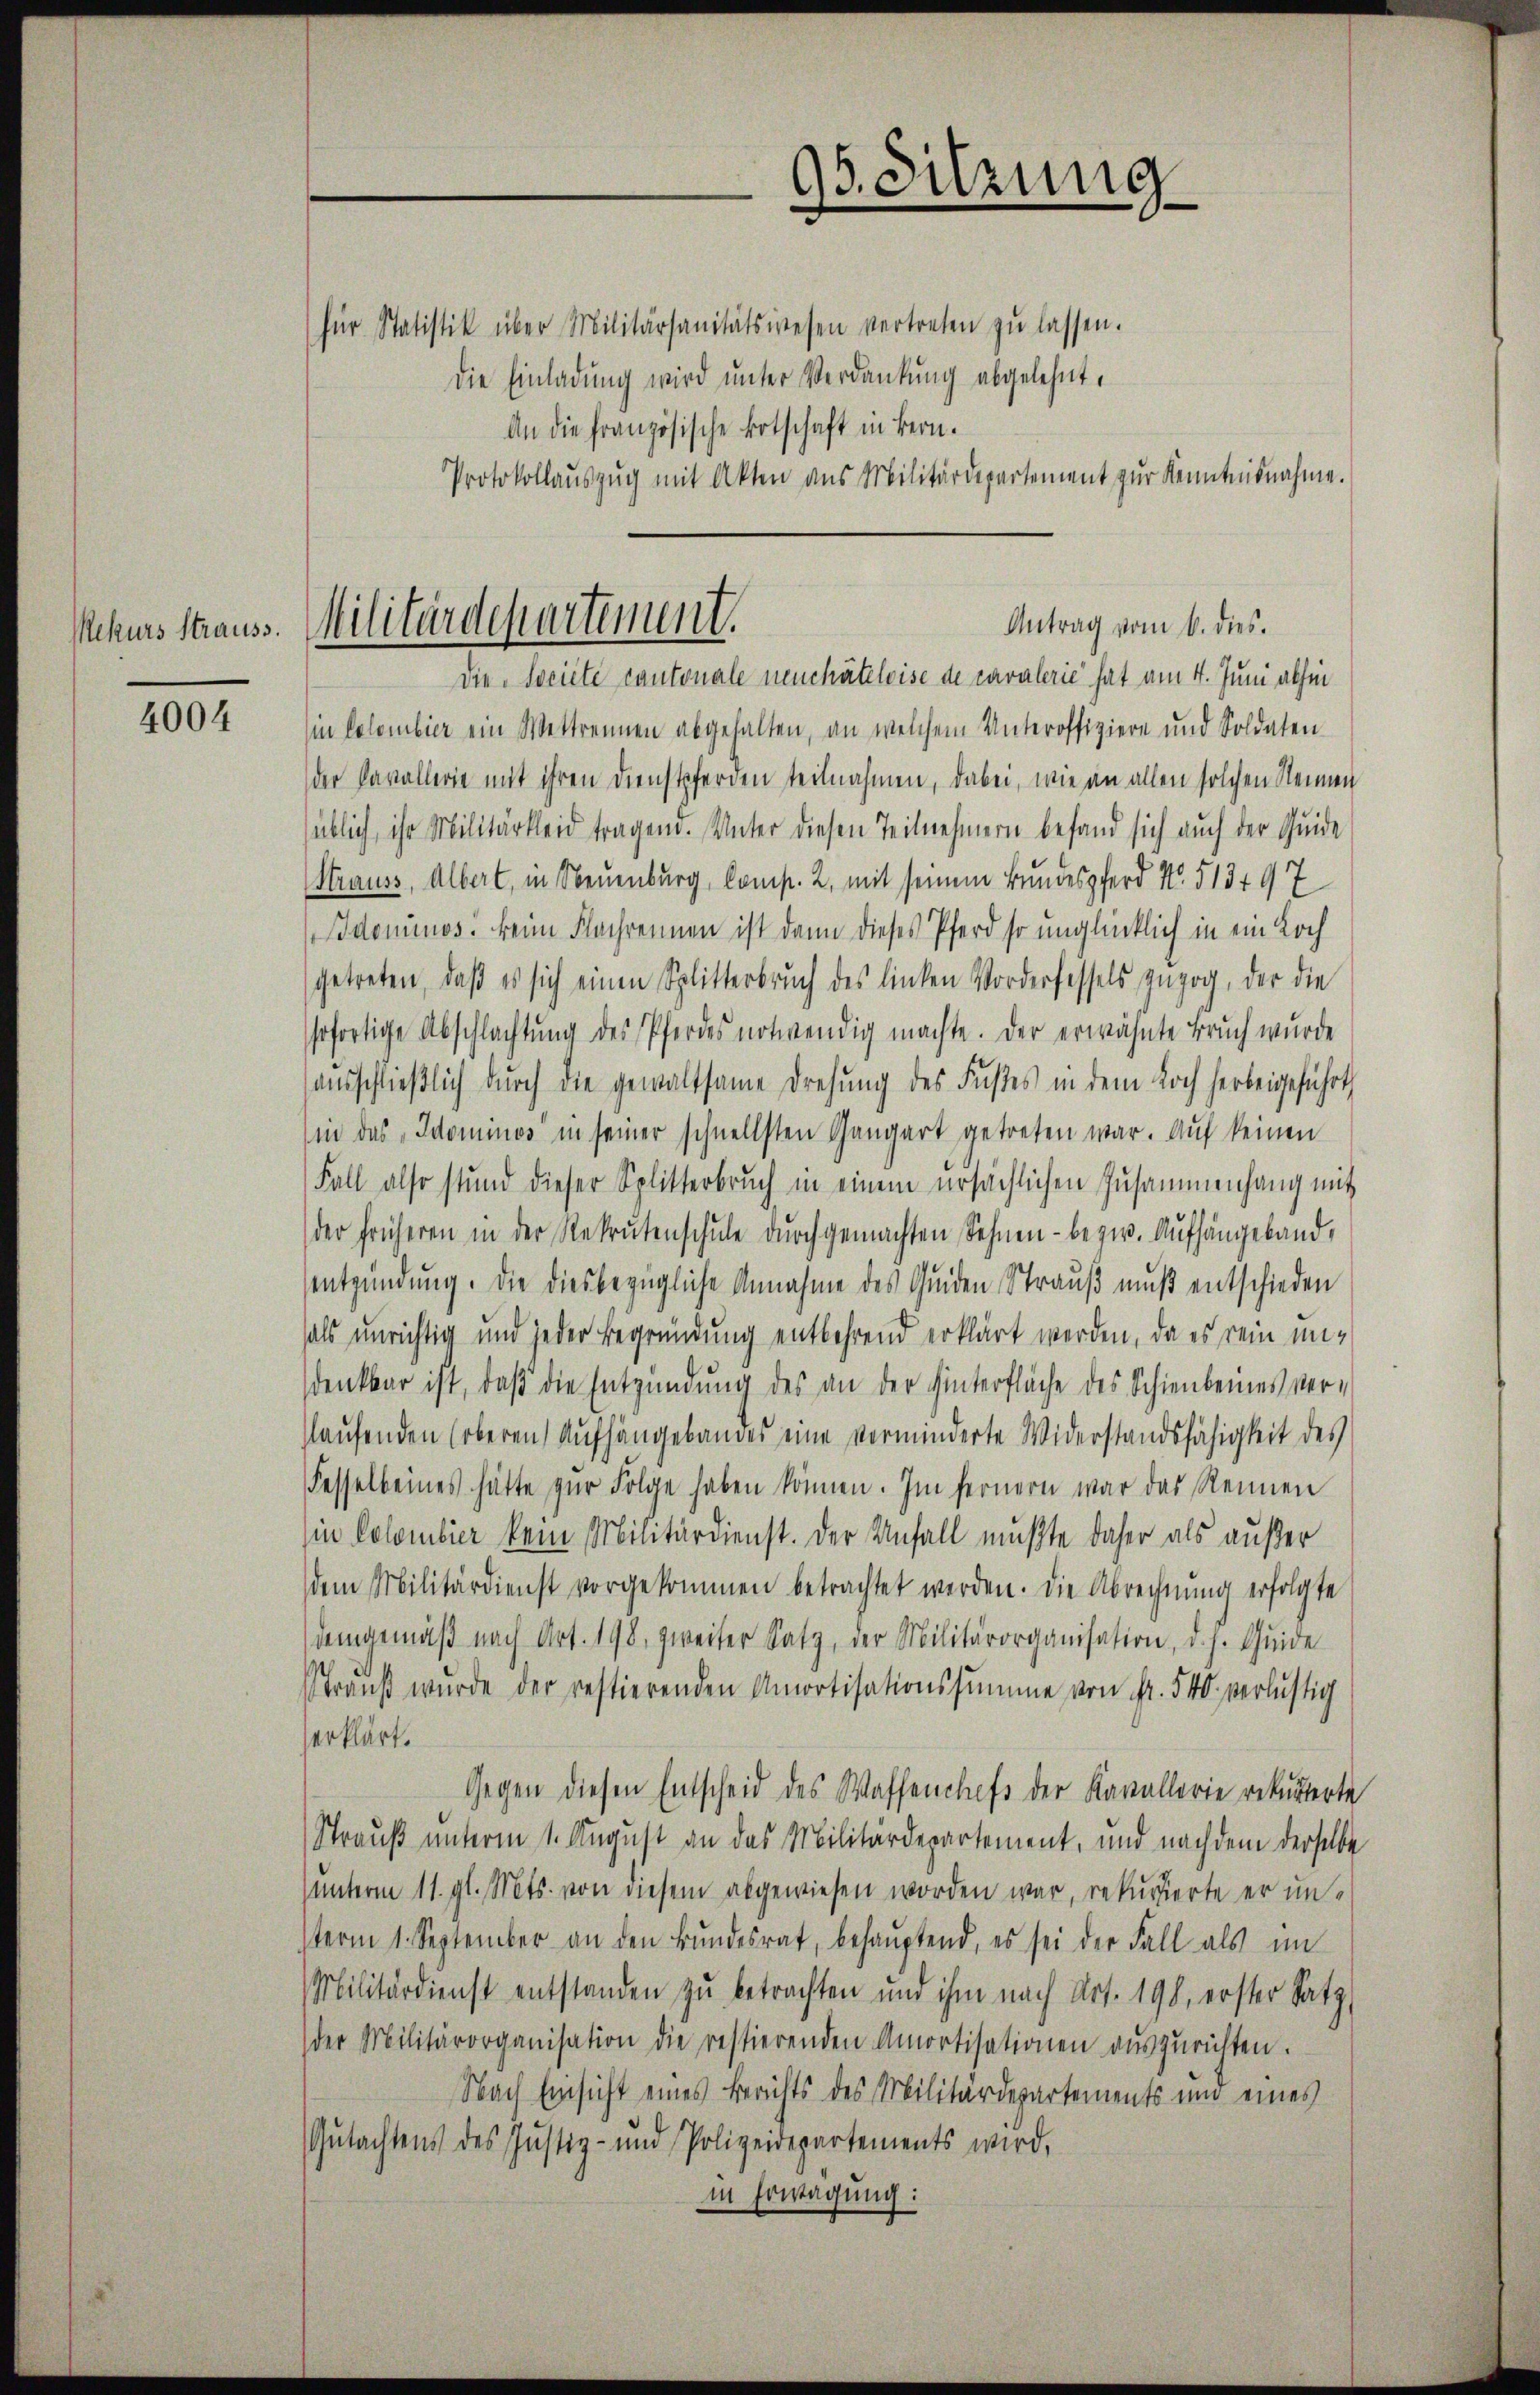
Mekurs Strauss.

4004

für Statistik über Militärsanitätswesen vertreten zŭ lassen.
Die Einladung wird unter Verdankung abgelehnt.
An die Französische Botschaft in Bern.
Protokollaŭszŭg mit Akten aus Militärdepartement zŭr Kenntnisnahme.

95. Sitzung
u

Antrag vom 6. dies.
Militärdepartement.

Die Societe cantonale neuchâteloise de cavalerie hat am 4. Juni abhin
in Colombier ein Wettrennen abgehalten, an welchem Unteroffiziere und Soldaten
der Cavallerie mit ihren Dienstpferden teilnahmen, dabei, wie an allen solchen Nennen
süblich, ihr Militärkleid tragen. Unter diesen Teilnehmern befand sich auch der Quide
Strauss, Albert, in Neuenburg, Comp. 2, mit seinem Bundespferd No. 513497
Adominos. Beine Flachennen ist dann dieses Pferd so unglücklich in ein Loch
getreten, daß es sich einen Splitterbrŭch des linken Vorderfessels zuzog, der die
sofortige Abschlachtŭng des Pferdes notwendig machte. Der erwähnte Bruch wurde
ausschließlich durch die gewaltsame Drehung des Fußes in dem Loch herbeigeführt
sin das „Idominos in seiner schnellsten Gangart getreten war. Auf keinen
Fall also stund dieser Splitterbrŭch in einem ursächlichen Zusammenhang mit
der früheren in der Rekrutenschule dŭrchgemachten Sehnen - bezw. Aufhängeland,
entzündung. Die diesbezügliche Annahme des Gunden Strauß muß entschieden
hals unrichtig und jeder Begründung entbehrend erklärt werden, da es rein undenkbar ist, daß die Entzündung des an der Hinterfläche des Schienbeines ver-
laufenden (oberen Aufhängebandes eine verminderte Widerstandsfähigkeit des
Fesselbeines hätte zŭr Folge haben können. Im fernern war das Rennen
sin Colombier kein Militärdienst. Der Unfall mußte daher als außer
dem Militärdienst vorgekommen betrachtet werden. Die Abrechnung erfolgte
demgemäß nach Art. 198, zweiter Satz, der Militärorganisation, d. h. Guide
traŭβ wurde der restierenden Amortisationssumme von Fr. 540. verlustig
serklärt.
Gegen diesen Entscheid des Waffenchefs der Kavallerie rekurierte
Strauß unterm 1. August an das Militärdepartement, und nachdem derselbe
ŭnterm 11. gl. Mts. von diesem abgewiesen worden war, rekurrierte er unterm 1. September an den Bŭndesrat, behauptend, es sei der Fall als im
Militärdienst entstanden zu betrachten und ihm nach Art. 198, erster Satz,
der Militärorganisation die restierenden Amortisationen auszurichten.
Nach Einsicht eines Berichts des Militärdepartements und eines
Gutachtens des Justiz- und Polizeidepartements wird.
in Erwägung: